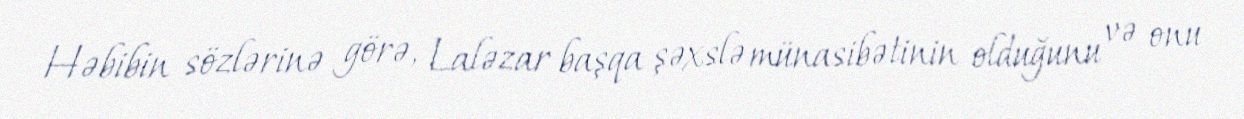
Həbibin sözlərinə görə, Laləzar başqa şəxslə münasibətinin olduğunu və onu